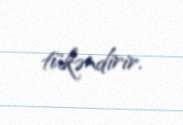
tükəndirir.